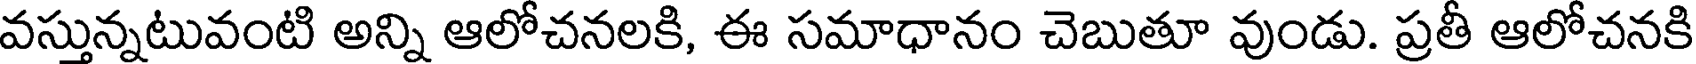
వస్తున్నటువంటి అన్ని ఆలోచనలకి, ఈ సమాధానం చెబుతూ వుండు. ప్రతీ ఆలోచనకి